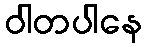
ဝါတပါနေ